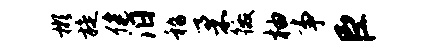
彬旋健汨嵇柔徼柚事臣